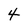
Character: 4